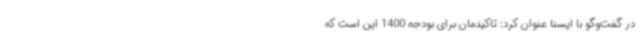
در گفت‌وگو با ایسنا عنوان کرد: تاکیدمان برای بودجه 1400 این است که